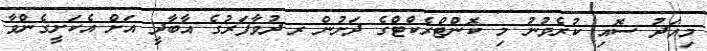
މިއަދު ސޮއި ކުރެވުނު މި ކޮންޓްރެކްޓްގެ ދަށުން ރ.ދުވާފަރުގެ އާބާދީ އަށް އެކަށީގެންވާ